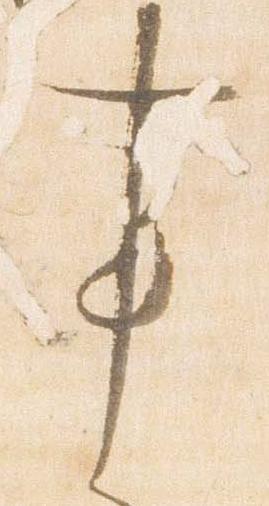
事